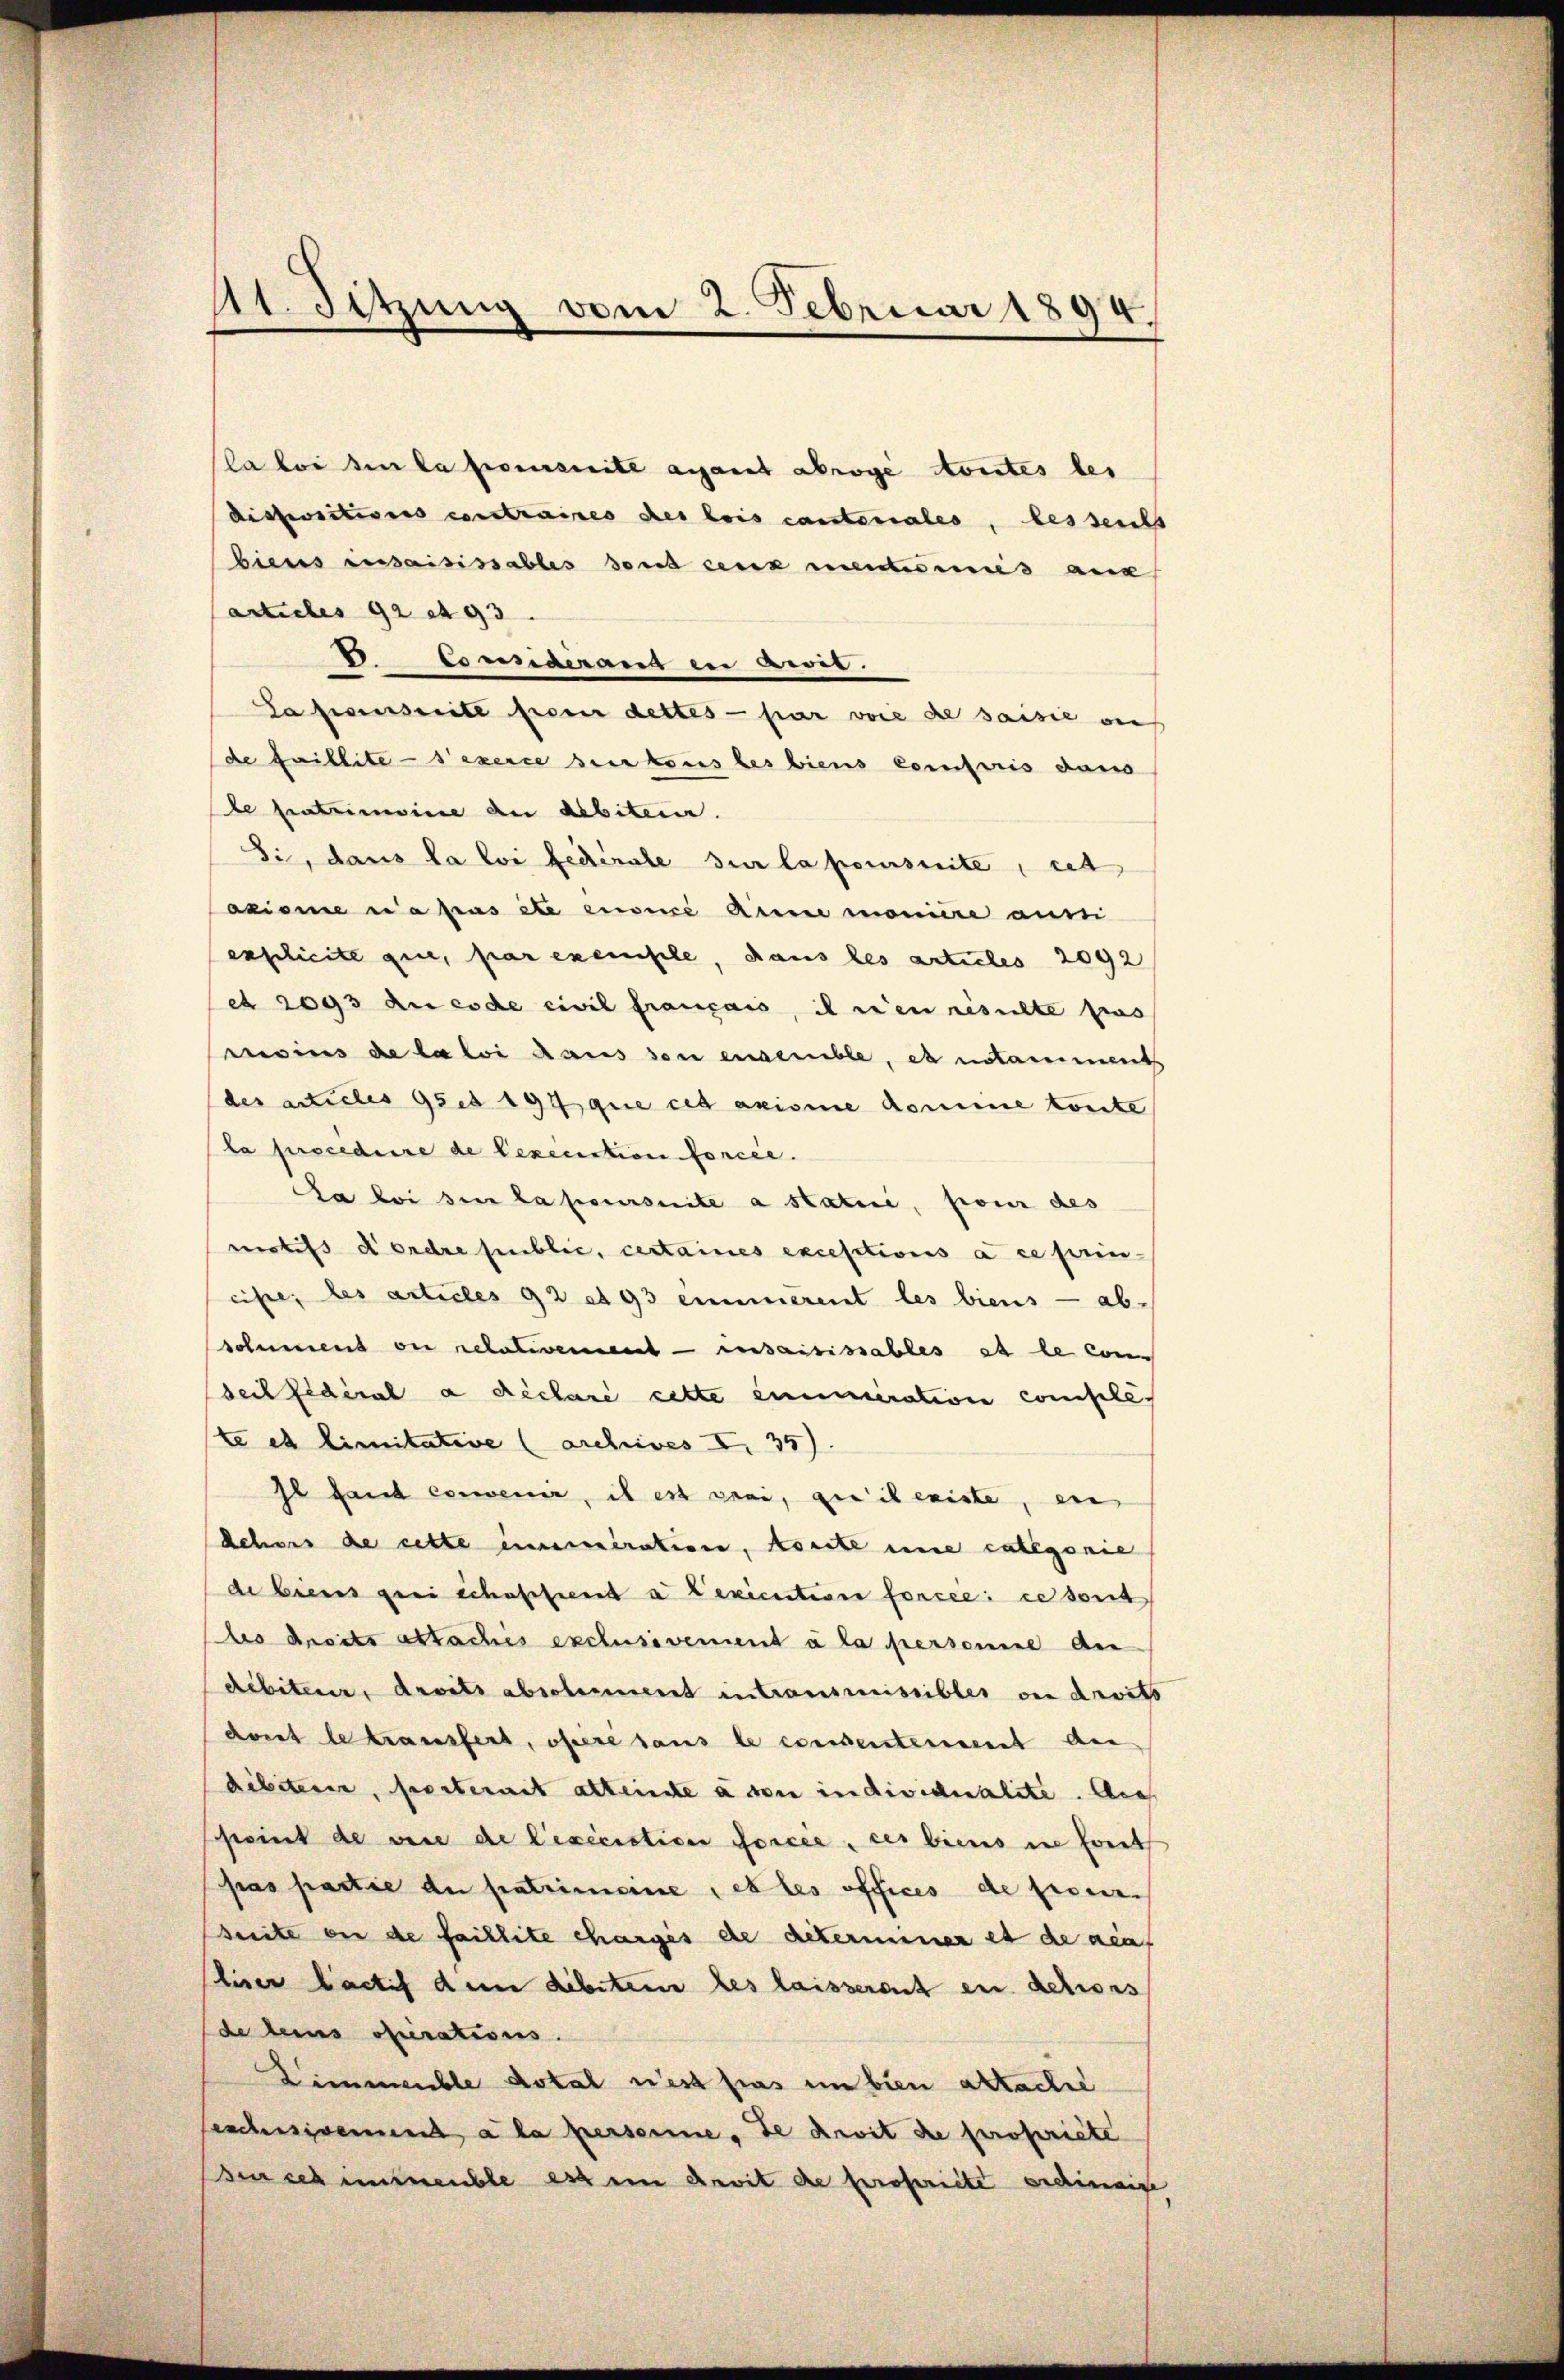
la loi den la prescrite anfant abroge toutes bes
dispositions constraires des bois cantonales, besseicht
biens cessaisissables sont cenz mentermis aux
actuebes 92 et 93. |
V. Considérant in Civil.
La prescrite freuer dettes par vore de saisie auf
de faillite sexerce sur tous les biens compris dans
de patrimoine an abitern.
Si, dans la loi fédérale sur la poursuite, et
axiome a pas etc eusncé anne moniere aussi
erschicite que, par exemple, dans les articles 2092
 2093 du code civil français, il rien resulte pas
moins de la loi Haus von engerble, es notamiment
(des articles ses 197 que cet arisie domine toute
la suscedirre de lexecution forcée.
La loi sie la poursuite a Statui, pour des
motifs d’ordre sublic, certaines exceptions à ce prin-
cihe; des articles 92 et 93 einerent les biens — absolumens ou relativement - insaisissables et le con
seil fédéral a déclaré cette eineration comple.
te et limitative (archives I 35)
Il faut convenir, is est sei, qui existe, ein
Schens de cette immeration, konnte une catagonie
de biens frei schaffend a Lexicution forcée: ce sont
bes dreits attaches exclusivement à la personne di
Rebiteur, droits abschliment in transmissibles ou droits
dont le transfert, ofere sans le consentement au
dibiterer, festermit attente à son individualite. Auch
point de vere de lexiciation forcée, ces biens in fort
pras partie du patrimonie, et les offices de ferner
heite ein de faillite charges de determiner et de aca
liser actif dem debitere les laisserait en actions
de deines operations.
Zimmeuble dotal n’est pas im bien attache
Geschensivement a la personne, de droit de propriete
den ich immeuble est ein Anvit de propriete erdinaige

41. Sitzung vom 2. Februar 1894.